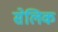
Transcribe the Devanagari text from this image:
सेलिक